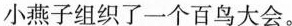
小燕子组织了一个百鸟大会。